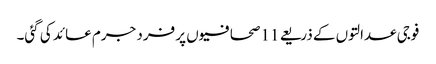
فوجی عدالتوں کے ذریعے 11 صحافیوں پر فرد جرم عائد کی گئی۔